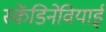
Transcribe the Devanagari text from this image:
स्केंडिनेवियाई